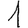
Digit: 1